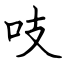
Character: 吱